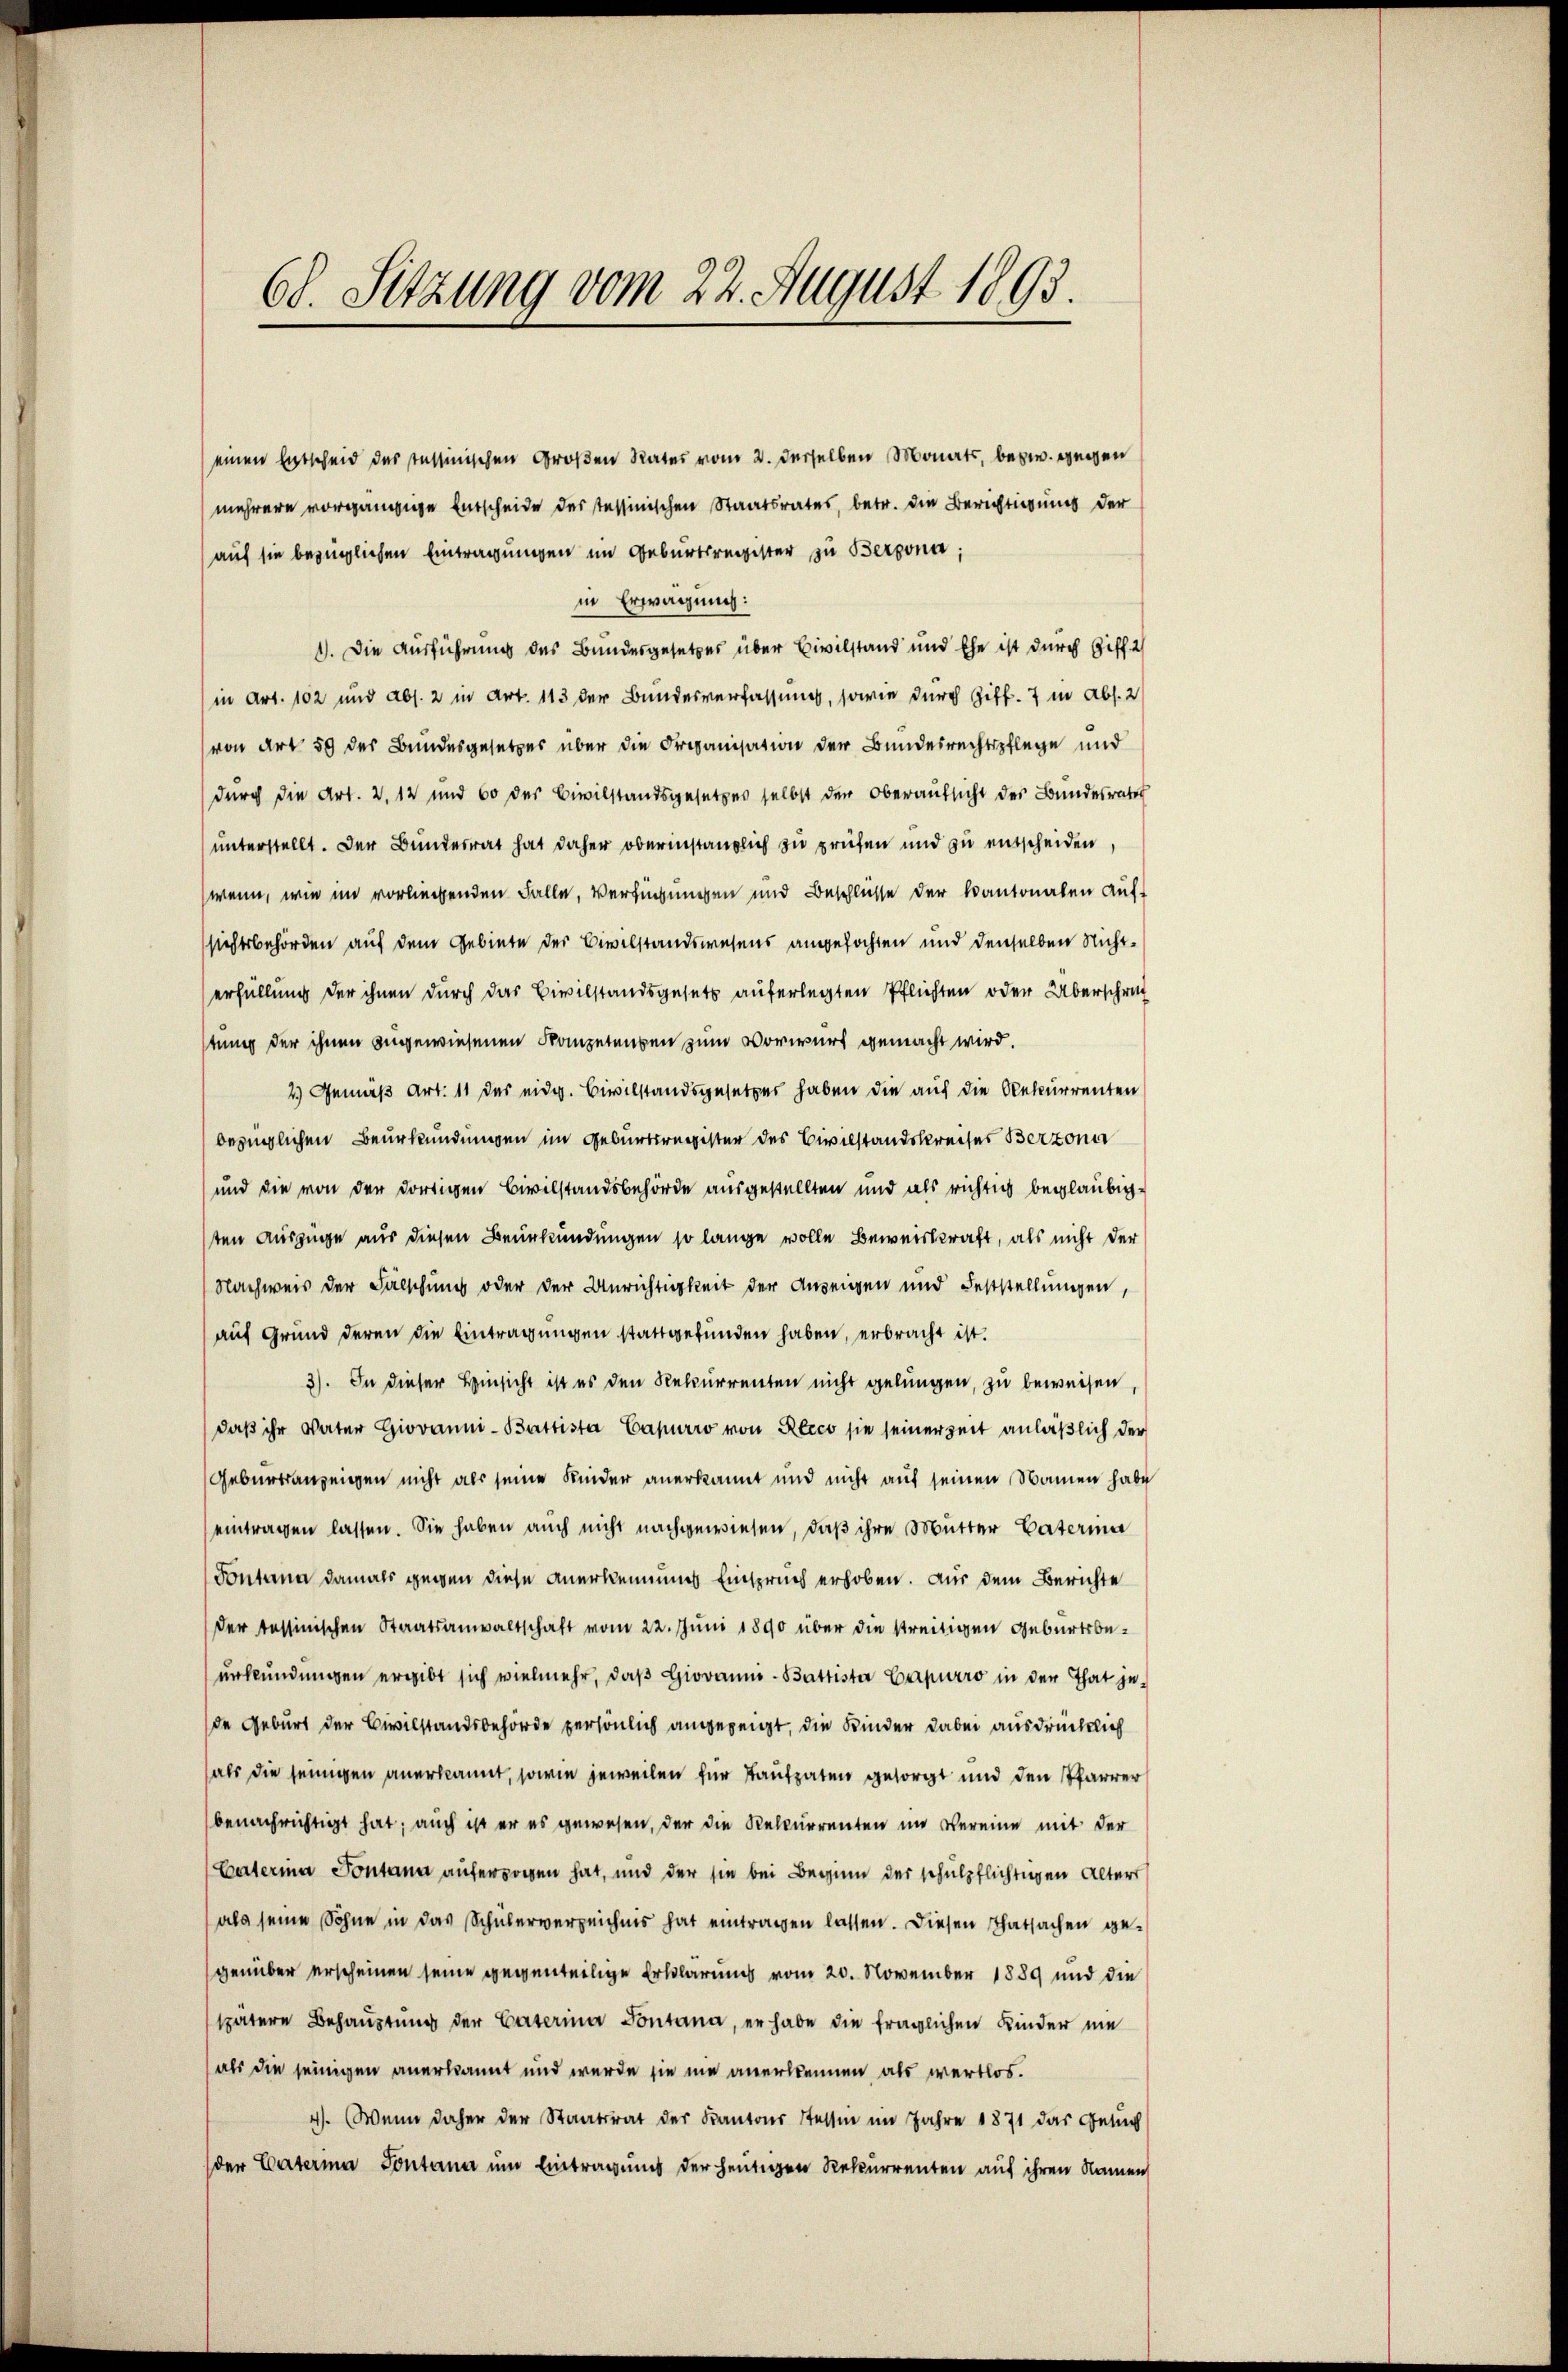
in Erwägung:
1). Die Ausführung des Bundesgesetzes über Civilstand und Ehe ist durch Giff 2/
in Art. 102 und Abs. 2 in Art. 113 der Bundesverfassung, sowie durch Ziff. 7 in Abs. 2
von Art 59 der Bundesgesetzes über die Organisation der Bundesrechtspflege und
durch die Art. 2. 12 und 60 des Civilstandsgesetzes selbst den Oberaŭfsicht des Bundesrates
unterstellt. Der Bundesrat hat daher oberinstanzlich zu prüfen und zu entscheiden,
wenn, wie im vorliegenden Falle, Verfügungen und Beschlusse der Kantonalen aufsichtsbehörden auf dem Gebiete der Civilstandswesens angefochten und denselben nichterfüllung der ihnen durch das Civilstandsgesetz auferlegten Pflichten oder Überschrif
stung der ihnen zugewiesenen Kompetenten zum Vorwurf gemacht wird.
2) Gemäß Art. 11 des eidg. Civilstandsgesetzes haben die auf die Rekurrenten
bezüglichen Beurkundungen im Geburtsregister des Civilstandskreises Berzona
und die von der dortigen Civilstandsbehörde ausgestellten und als richtig beglaubigsten Auszüge aus diesen Beurkundungen so lange volle Beweiskraft, als nicht der
Nachweis der Fälschung oder der Unrichtigkeit der Anzeigen und Feststellungen,
auf Grund deren die Eintragungen stattgefunden haben, erbracht ist.
3). In dieser Hinsicht ist es den Rekurrenten nicht gelungen, zu beweisen,
daß ihr Vater Giovanni-Battista Capurro von Recco sie seiner Zeit anläßlich der
Geburtsanzeigen nicht als seine Kinder anerkannt und nicht auf seinen Namen habe
eintragen lassen. Sie haben auch nicht nachgewiesen, daß ihre Mutter Vaterina
Fontana damals gegen diese Anerkennung Einspruch erhoben. Aus dem Berichte
der Tessinischen Staatsanwaltschaft vom 22. Juni 1890 über die streitigen Geburtsbeurkundungen ergibt sich vielmehr, daβ Giovanne-Battister Capurro in der That je-
de Geburt der Civilstandsbehörde persönlich angezeigt, die Kinder dabei ausdrücklich
als die seinigen anerkannt, sowie jeweilen für Kaufpaten gesorgt und den Pfarrer
benachrichtigt hat; auch ist er es gewesen, der die Rekurrenten im Vereine mit der
Casterina Pontana aufersorgen hat, und der sie bei Beginn der schulpflichtigen Alters
als seine Sohne in das Schülerverzeichnis hat eintragen lassen. Diesen Thatsachen gegenüber erscheinen seine gegenteilige Erklärung vom 20. November 1889 und die
spätere Behaŭptŭng der Caterina Pontana, er habe die fraglichen Kinder nie
als die seinigen anerkannt und wurde sie nie anerkennen als wertlos.
4). Wenn daher der Staatsrat der Kantons Tessin im Jahre 1871 das Gesuch
der Cateria Pontana um Eintragung der heutigen Rekurrenten auf ihren Namen

68. Sitzung vom 22. August 1893.

einen Entscheid des Tessinischen Großen Rates vom 2. derselben Monats, bezw. gegen
mehrere vorgängige Entscheide des Tessinischen Staatsrates, betr. die Berichtigung der
auf sie bezüglichen Eintragungen im Geburtsregister zu Bergona;